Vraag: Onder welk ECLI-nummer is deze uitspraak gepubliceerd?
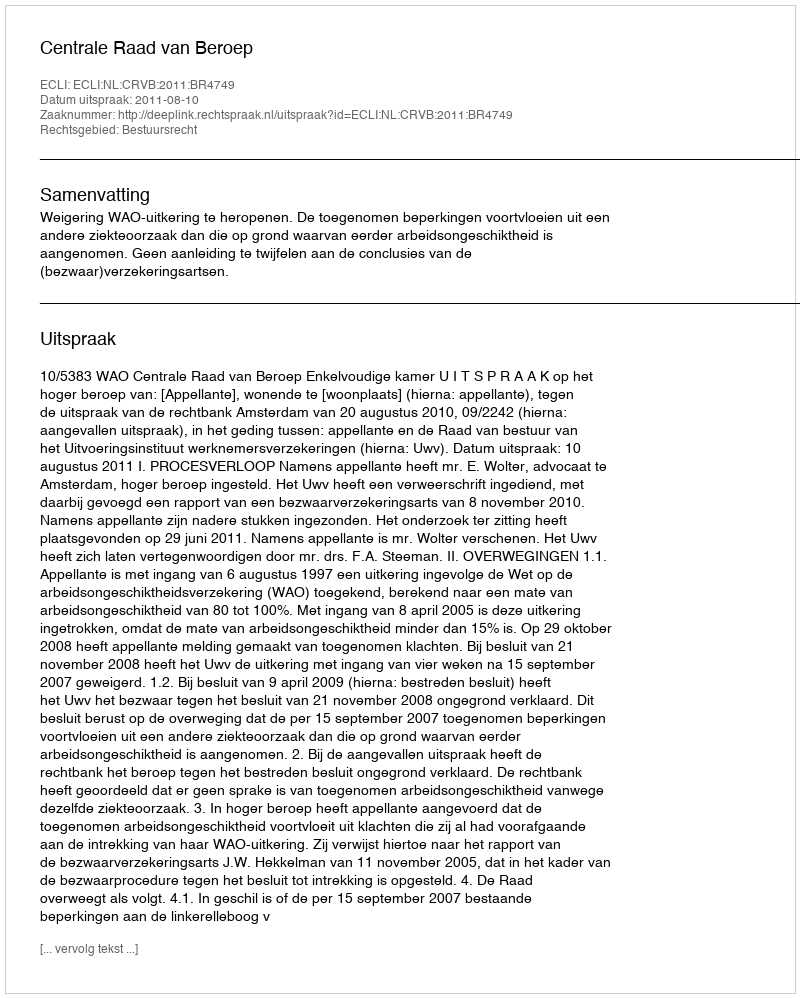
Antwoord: ECLI:NL:CRVB:2011:BR4749